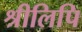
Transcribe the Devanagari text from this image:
श्रीलिपि